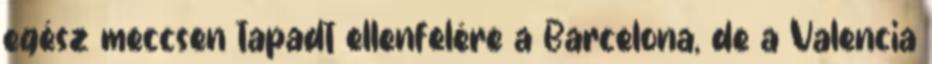
egész meccsen tapadt ellenfelére a Barcelona, de a Valencia